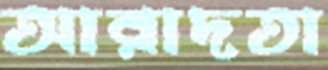
আরাদতা